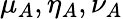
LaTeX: \mu_{A},\eta_{A},\nu_{A}